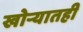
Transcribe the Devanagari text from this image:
खोर्‍यातही